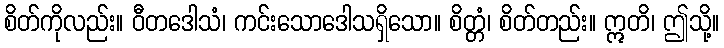
စိတ်ကိုလည်း။ ဝီတဒေါသံ၊ ကင်းသောဒေါသရှိသော။ စိတ္တံ၊ စိတ်တည်း။ ဣတိ၊ ဤသို့။